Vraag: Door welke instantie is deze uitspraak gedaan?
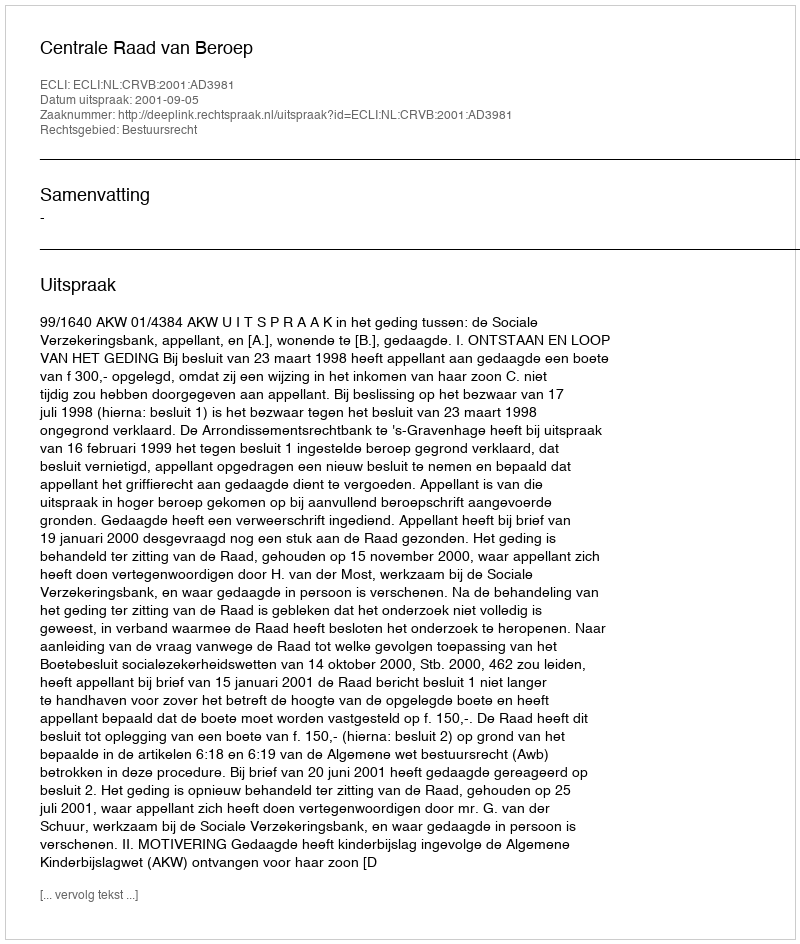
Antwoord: Centrale Raad van Beroep